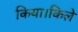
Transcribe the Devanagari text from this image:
किया।किले